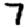
Digit: 7